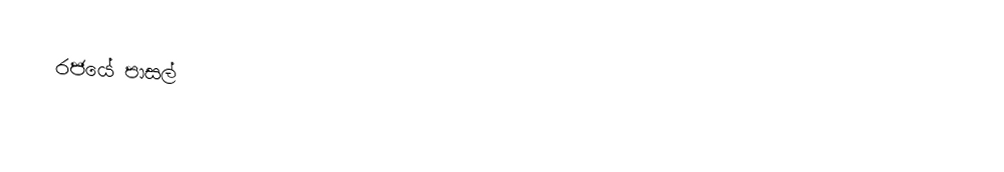
රජයේ පාසල්